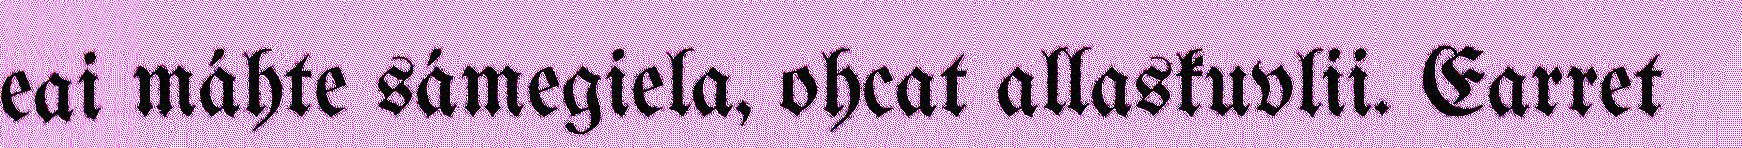
eai máhte sámegiela, ohcat allaskuvlii. Earret